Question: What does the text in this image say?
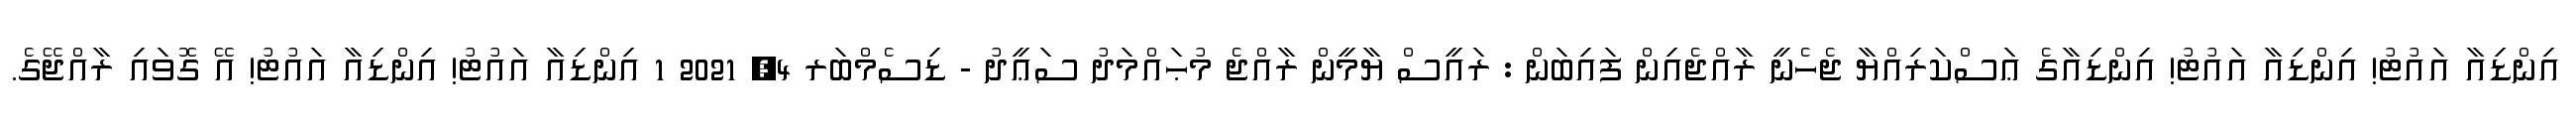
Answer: އިންޑިއާ އައުޓު! އިންޑިއާ އައުޓު! އިންޑިއާގެ ޢަސްކަރިއްޔާ ޖެހެނީ ރާއްޖެއިން ފައިބަން : ރައީސް ޔާމީން ރާއްޖެ މުޙައްމަދު ސަޢީދު - ޑިސެމްބަރ 4, 2021 1 އިންޑިއާ އައުޓު! އިންޑިއާ އައުޓު! އޭ ގޮވައި ރާއްޖޭގެ.